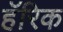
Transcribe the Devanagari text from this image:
हॅरिक